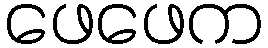
ဖေဖေက